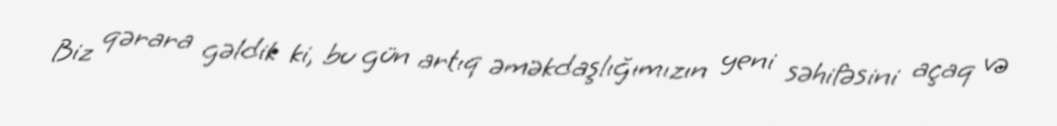
Biz qərara gəldik ki, bu gün artıq əməkdaşlığımızın yeni səhifəsini açaq və